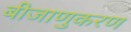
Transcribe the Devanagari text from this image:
बीजाणुकरण